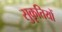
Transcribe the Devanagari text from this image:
सुकृतियों